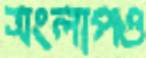
সংলাপও